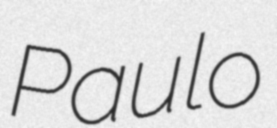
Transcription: Paulo